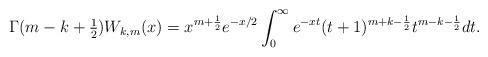
LaTeX: \begin{align*}\Gamma(m-k+\tfrac12) W_{k,m}(x)=x^{m+\frac12}e^{-x/2}\int_0^\infty e^{-xt} (t+1)^{m+k-\frac12}t^{m-k-\frac12}dt.\end{align*}